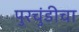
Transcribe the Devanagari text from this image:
पुरचुंडीचा